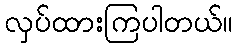
လှပ်ထားကြပါတယ်။